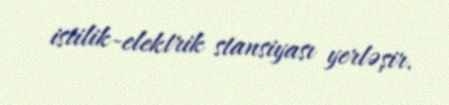
istilik-elektrik stansiyası yerləşir.